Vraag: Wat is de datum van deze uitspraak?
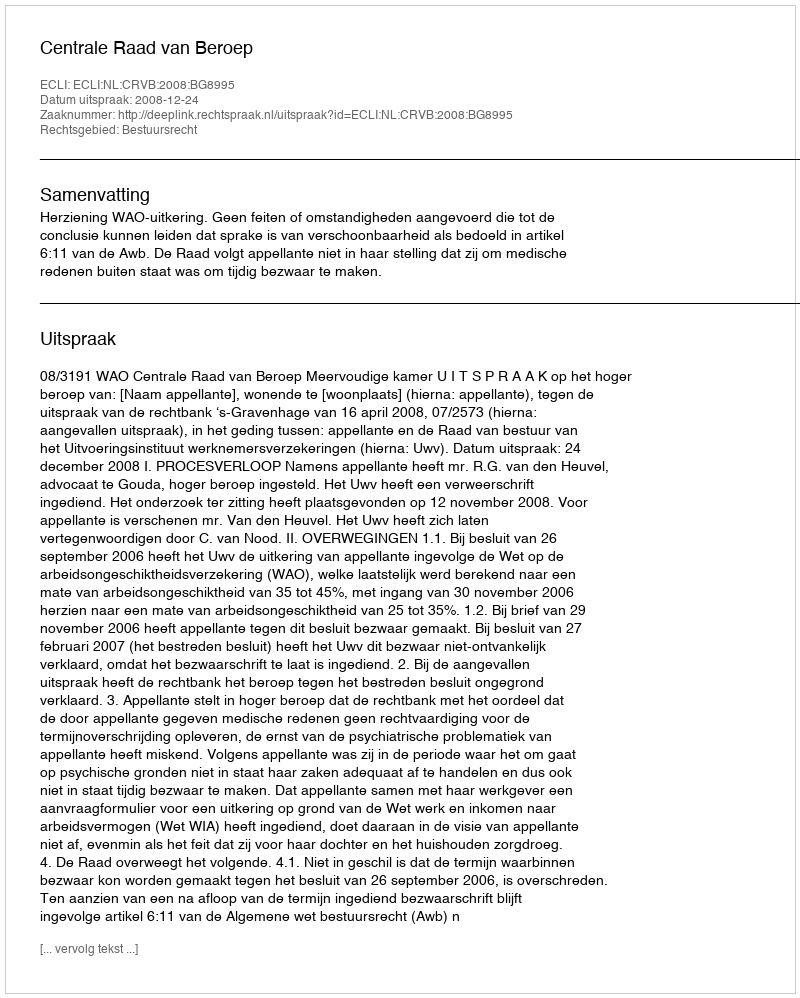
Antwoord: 2008-12-24